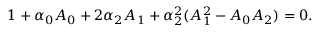
1 + \alpha _ { 0 } A _ { 0 } + 2 \alpha _ { 2 } A _ { 1 } + \alpha _ { 2 } ^ { 2 } ( A _ { 1 } ^ { 2 } - A _ { 0 } A _ { 2 } ) = 0 .